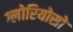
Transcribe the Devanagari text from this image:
ग्लोरियोसो